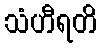
သံဟီရတိ